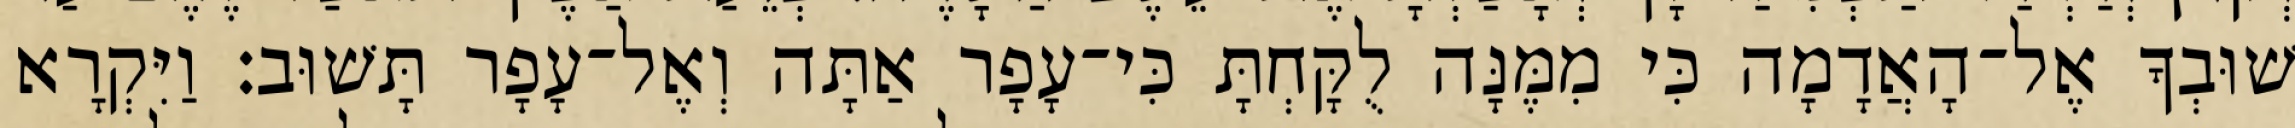
שׁוּבְךָ אֶל־הָאֲדָמָה כִּי מִמֶּנָּה לֻקָּחְתָּ כִּי־עָפָר אַתָּה וְאֶל־עָפָר תָּשׁוּב׃ וַיִּקְרָא